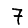
Digit: 7